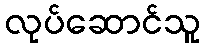
လုပ်ဆောင်သူ